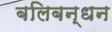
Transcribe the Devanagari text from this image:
बलिबन्धन